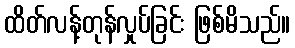
ထိတ်လန့်တုန်လှုပ်ခြင်း ဖြစ်မိသည်။